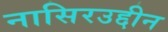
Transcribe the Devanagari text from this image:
नासिरउद्दीन